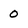
Character: 0